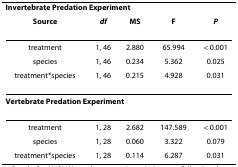
<table><thead><tr><td colspan="5"><b>Invertebrate Predation Experiment</b></td></tr><tr><td><b>Source</b></td><td><b><i>df</i></b></td><td><b>MS</b></td><td><b>F</b></td><td><b><i>P</i></b></td></tr></thead><tbody><tr><td>treatment</td><td>1, 46</td><td>2.880</td><td>65.994</td><td>&lt; 0.001</td></tr><tr><td>species</td><td>1, 46</td><td>0.234</td><td>5.362</td><td>0.025</td></tr><tr><td>treatment*species</td><td>1, 46</td><td>0.215</td><td>4.928</td><td>0.031</td></tr><tr><td colspan="5"><b>Vertebrate Predation Experiment</b></td></tr><tr><td>treatment</td><td>1, 28</td><td>2.682</td><td>147.589</td><td>&lt; 0.001</td></tr><tr><td>species</td><td>1, 28</td><td>0.060</td><td>3.322</td><td>0.079</td></tr><tr><td>treatment*species</td><td>1, 28</td><td>0.114</td><td>6.287</td><td>0.031</td></tr></tbody></table>